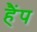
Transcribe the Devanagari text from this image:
हैंप